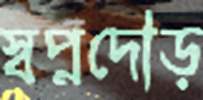
স্বপ্নদৌড়